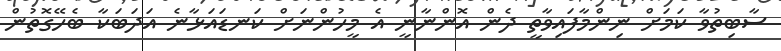
ސާބިތުވާ ކަމަށް ނިންމާފައިވާތީ ދެން އޮންނާނީ އެ މީހުންނަށް ކަނޑައަޅާނެ އަދަބަކާ ބެހޭގޮތުން